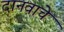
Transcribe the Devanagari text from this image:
दानवाचे